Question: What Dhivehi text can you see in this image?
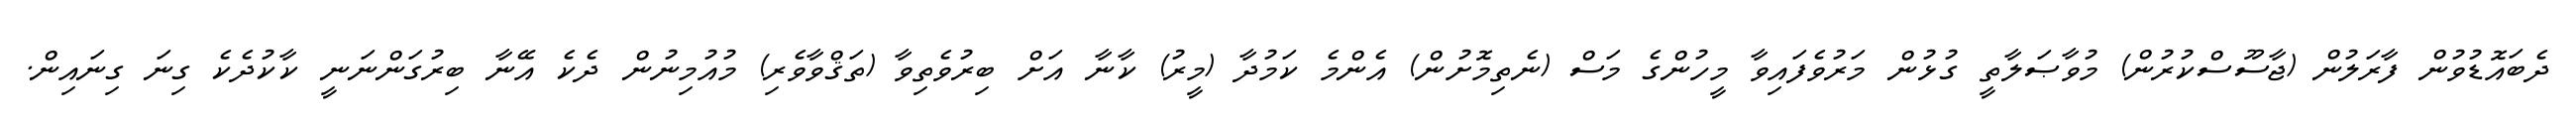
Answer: ދެބައޮޑުވުން ފާރަލުން (ޖާސޫސްކުރުން) މުވާޞަލާތީ ގުޅުން މަރުވެފައިވާ މީހުންގެ މަސް (ނެތިމޮށުން) އެންމެ ކަމުދާ (މީރު) ކާނާ އަށް ބިރުވެތިވާ (ތަޤްވާވެރި) މުއުމިނުން ދެކެ އޭނާ ބިރުގަންނަނީ ކާކުދެކެ ގިނަ ގިނައިން.